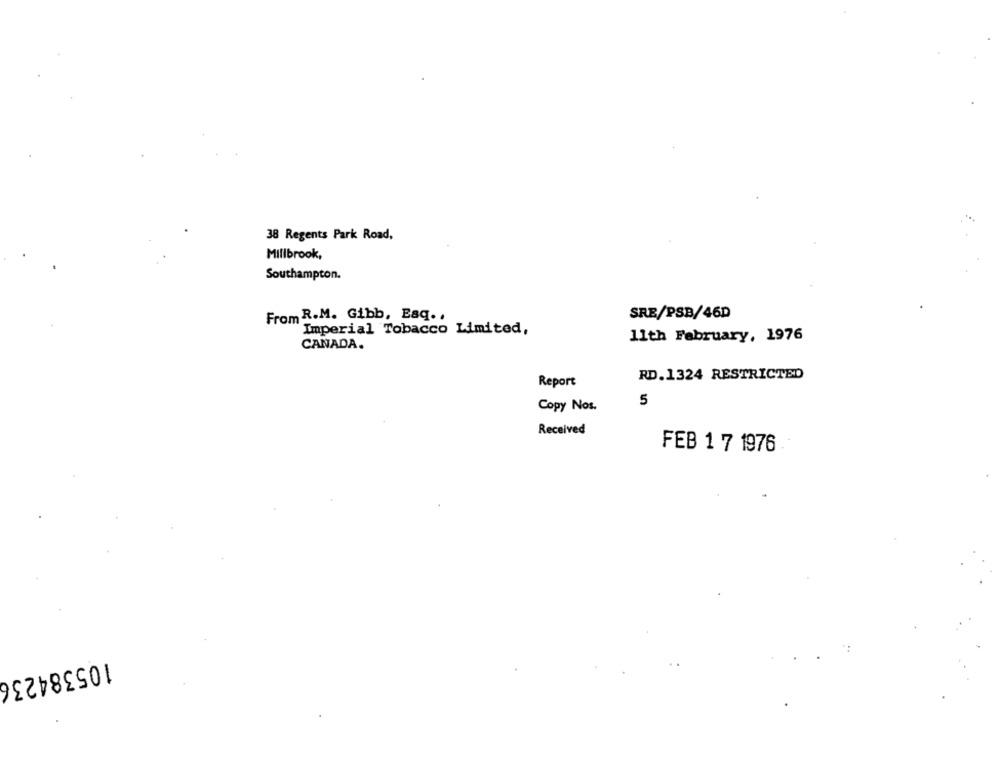
38 Regents Park Road,
Millbrook,
Southampton.
From R.M. Gibb, Esq ..
SRE/PSB/46D
"Imperial Tobacco Limited,
11th February, 1976
CANADA.
RD.1324 RESTRICTED
Report
5
Copy Nos.
Received
FEB 1 7 1976
105384236